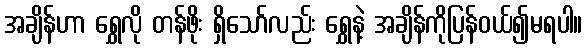
အချိန်ဟာ ရွှေလို တန်ဖိုး ရှိသော်လည်း ရွှေနဲ့ အချိန်ကိုပြန်ဝယ်၍မရပါ။